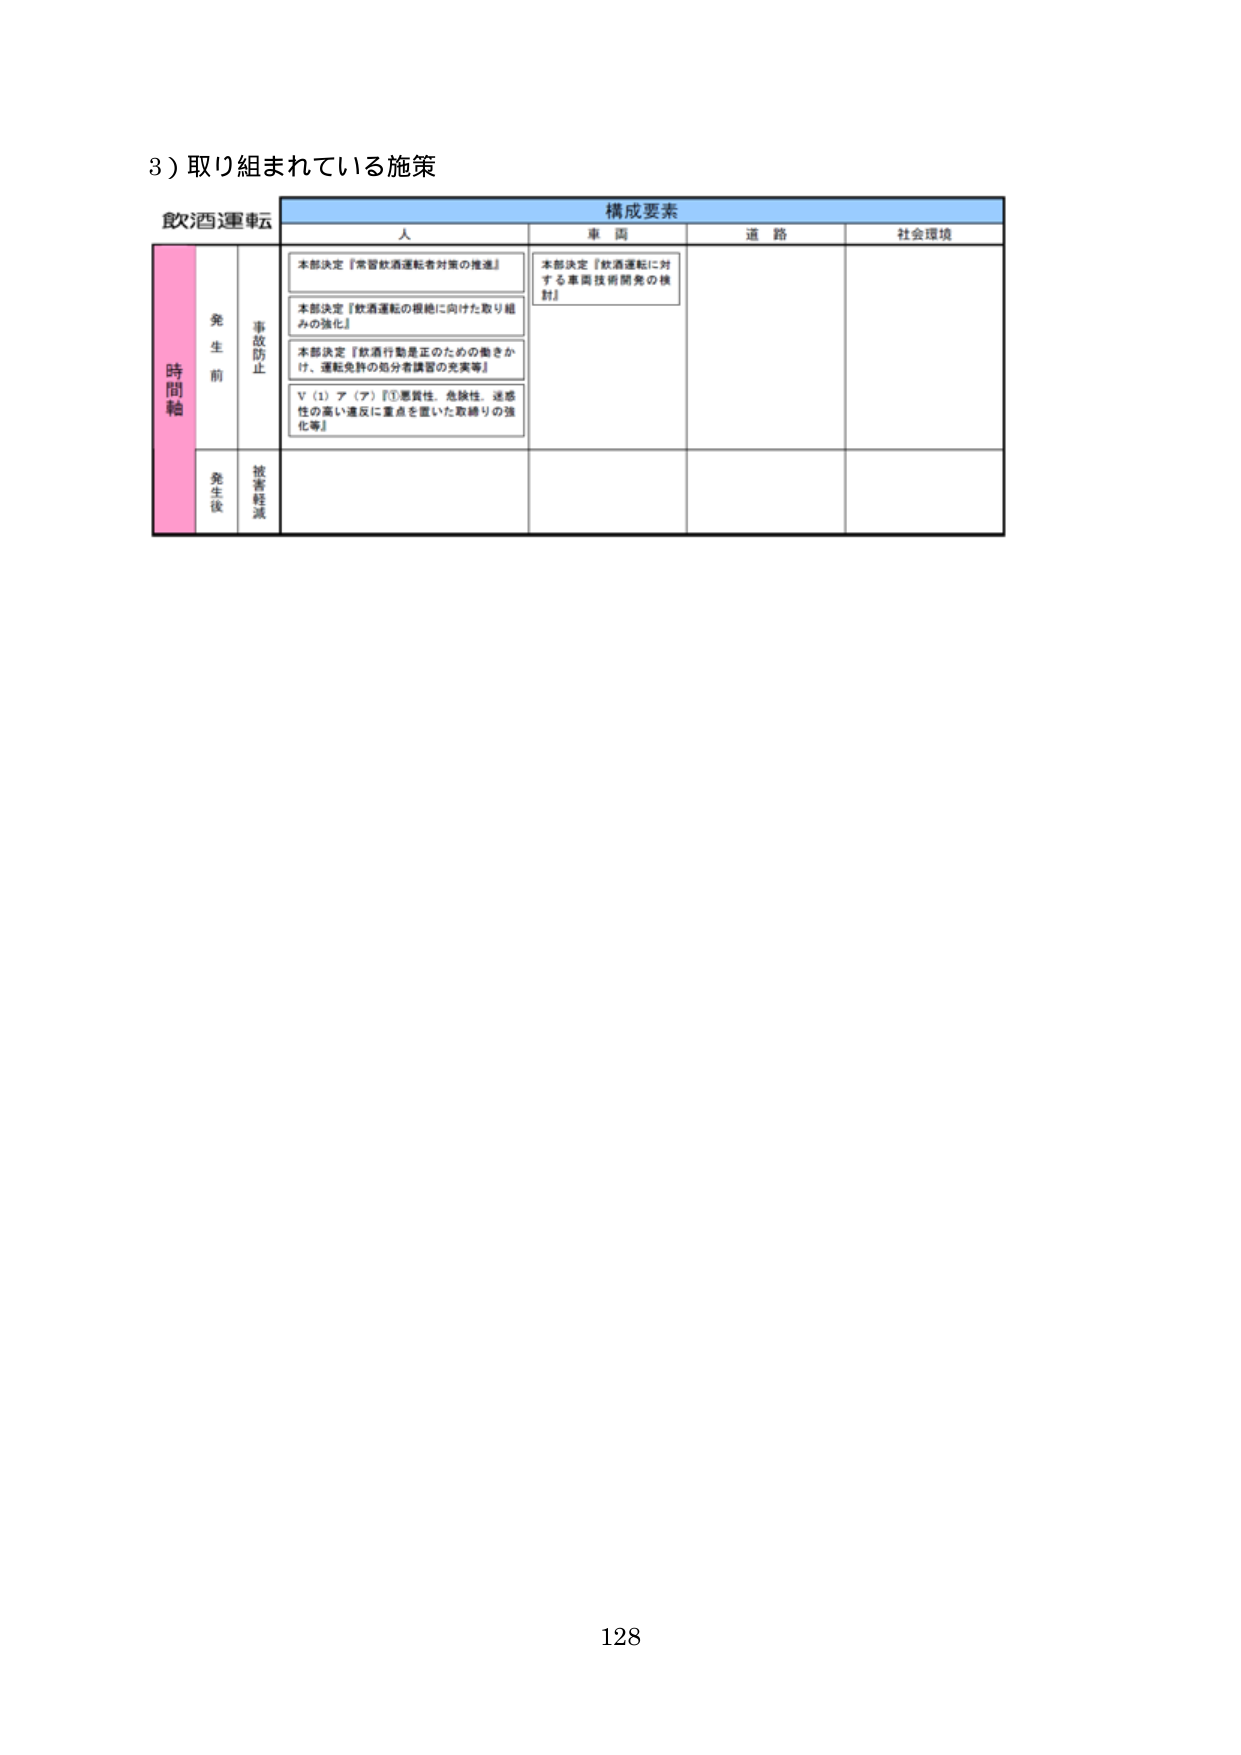
3）取り組まれている施策

飲酒運転

構成要素
人　　　　　車両　　　　道路　　　　社会環境

時間軸
発生前
事故防止
本部決定『常習飲酒運転者対策の推進』
本部決定『飲酒運転の根絶に向けた取り組みの強化』
本部決定『飲酒行動是正のための働きかけ、運転免許の処分者講習の充実等』
V（1）ア（ア）『①悪質性、危険性、迷惑性の高い違反に重点を置いた取締りの強化等』
本部決定『飲酒運転に対する車両技術開発の検討』

発生後
被害軽減

128